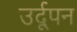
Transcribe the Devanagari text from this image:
उर्दूपन